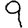
Digit: 9